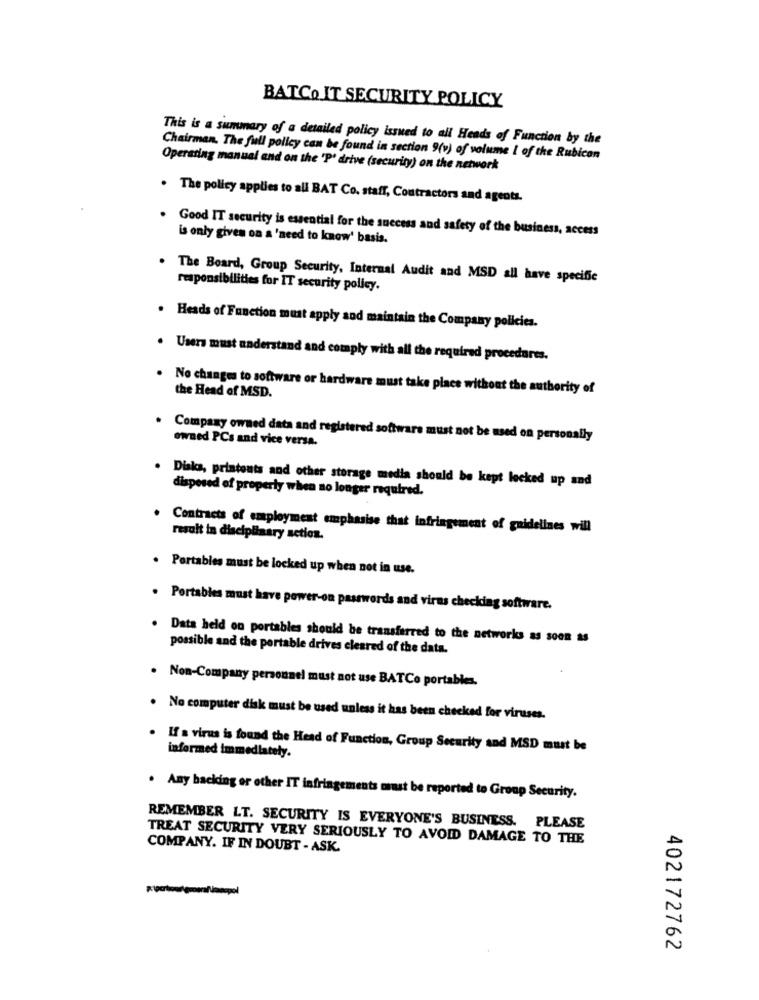
BATCO IT SECURITY POLICY
This is a summary of a detailed policy issued to all Heads of Function by the
Chairman. The full policy can be found in section 9(v) of volume I of the Rubicon
Operating manual and on the 'P' drive (security) on the network
. The policy applies to all BAT Co. staff, Contractors and agents.
Good IT security is essential for the success and safety of the business, access
is only given on a 'need to know' basis.
. The Board, Group Security, Internal Audit and MSD all have specific
responsibilities for IT security policy.
. Heads of Function must apply sod maintain the Company policies.
. Users must understand and comply with all the required procedures.
No changes to software or hardware must take place without the authority of
the Head of MSD.
. Company owned data and registered software must not be used on personally
owned PCs and vice versa.
. Diska, printouts and other storage media should be kept locked up and
disposed of properly when no longer required.
Contracts of employment emphasise that infringement of guidelines will
result in disciplinary action.
. Portables must be locked up when not in use.
Portables must have power-on passwords and viras checking software.
Data held on portables should be transferred to the networks as soon as
possible and the portable drives cleared of the data.
Non-Company personnel must not use BATCo portables.
No computer disk must be used unless it has been checked for viruses.
informed immediately.
If a virus is found the Head of Function, Group Security and MSD must be
. Any backing or other IT infringements must be reported to Group Security.
REMEMBER LT. SECURITY IS EVERYONE'S BUSINESS. PLEASE
TREAT SECURITY VERY SERIOUSLY TO AVOID DAMAGE TO THE
COMPANY. IF IN DOUBT - ASK.
402172762